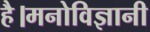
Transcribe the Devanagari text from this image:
है।मनोविज्ञानी